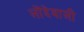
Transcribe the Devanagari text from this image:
लोंदेवाली